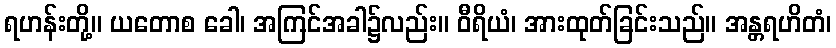
ရဟန်းတို့။ ယတောစ ခေါ၊ အကြင်အခါ၌လည်း။ ဝီရိယံ၊ အားထုတ်ခြင်းသည်။ အန္တရဟိတံ၊